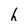
Character: h